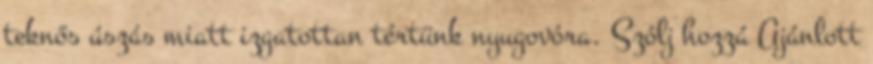
teknős úszás miatt izgatottan tértünk nyugovóra. Szólj hozzá Ajánlott